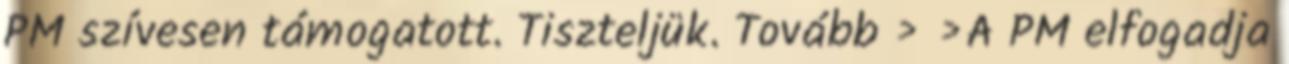
PM szívesen támogatott. Tiszteljük. Tovább › ›A PM elfogadja